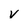
Character: v